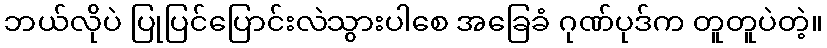
ဘယ်လိုပဲ ပြုပြင်ပြောင်းလဲသွားပါစေ အခြေခံ ဂုဏ်ပုဒ်က တူတူပဲတဲ့။